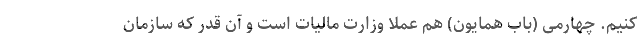
کنیم. چهارمی (بابْ همایون) هم عملا وزارت مالیات است و آن قدر که سازمان